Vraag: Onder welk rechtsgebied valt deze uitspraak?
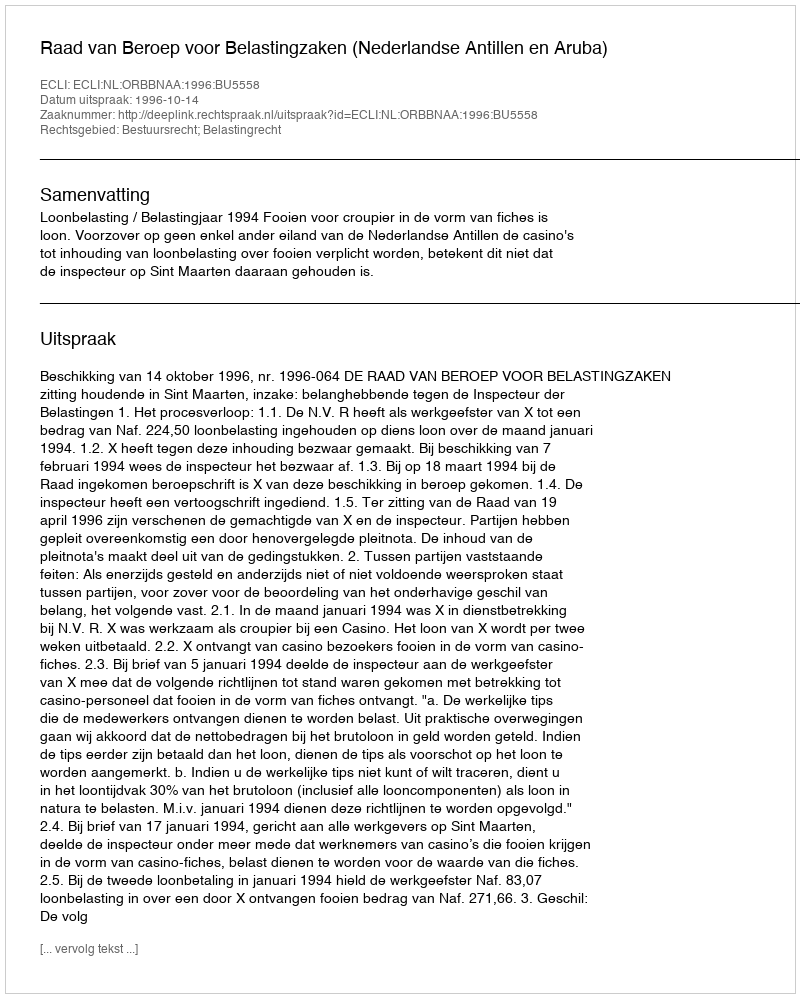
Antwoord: Bestuursrecht; Belastingrecht